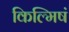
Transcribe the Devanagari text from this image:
किल्मिषं